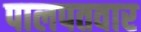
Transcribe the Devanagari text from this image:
पालपतवार